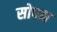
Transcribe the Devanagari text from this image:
सोपक्ष